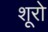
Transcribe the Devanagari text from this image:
शूरो